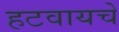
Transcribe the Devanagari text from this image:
हटवायचे